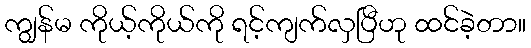
ကျွန်မ ကိုယ့်ကိုယ်ကို ရင့်ကျက်လှပြီဟု ထင်ခဲ့တာ။